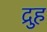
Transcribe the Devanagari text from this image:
द्रुह